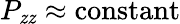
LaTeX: P_{\mathit{z}\mathit{z}}\approx\mathrm{{constant}}